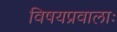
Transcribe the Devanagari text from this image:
विषयप्रवालाः